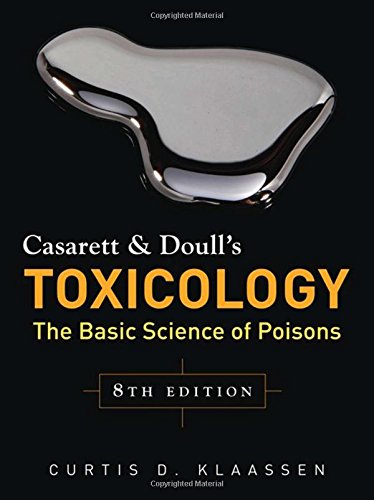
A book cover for Casarett & Doull's Toxicology: The Basic Science of Poisons, Eighth Edition; Curtis Klaassen; Medical Books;